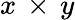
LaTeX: x\, \times\, y